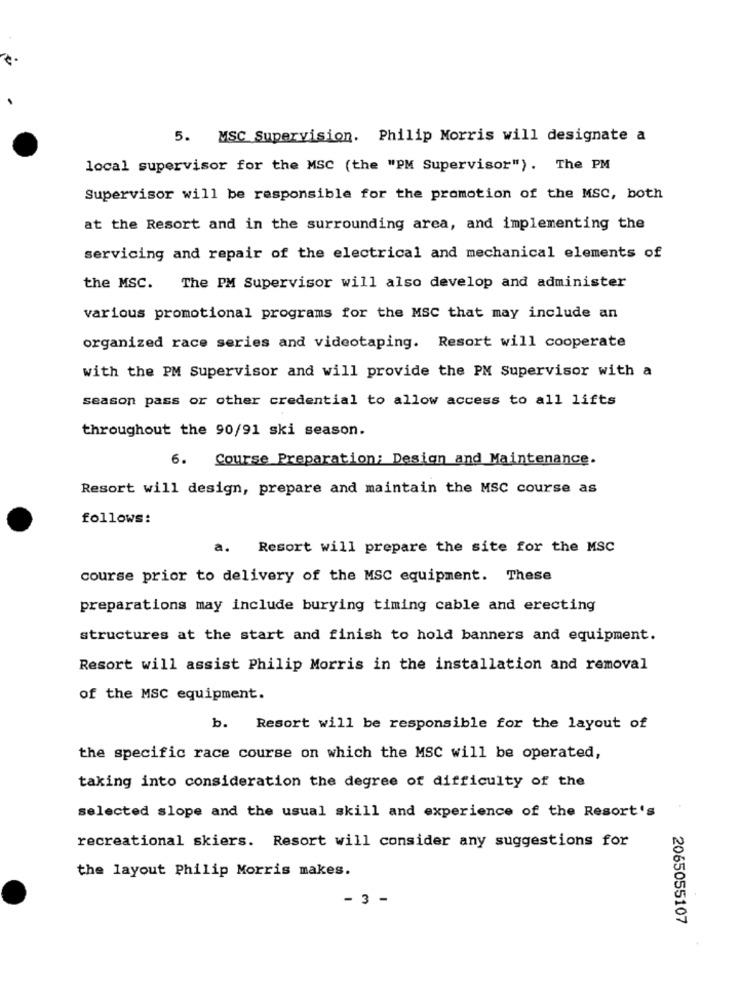
5. MSC Supervision. Philip Morris will designate a
local supervisor for the MSC (the "PM Supervisor"). The PM
Supervisor will be responsible for the promotion of the MSC, both
at the Resort and in the surrounding area, and implementing the
servicing and repair of the electrical and mechanical elements of
the MSC.
The PM Supervisor will also develop and administer
various promotional programs for the MSC that may include an
organized race series and videotaping. Resort will cooperate
with the PM Supervisor and will provide the PM Supervisor with a
season pass or other credential to allow access to all lifts
throughout the 90/91 ski season.
6. Course Preparation; Design and Maintenance.
Resort will design, prepare and maintain the MSC course as
follows:
a.
Resort will prepare the site for the MSC
course prior to delivery of the MSC equipment. These
preparations may include burying timing cable and erecting
structures at the start and finish to hold banners and equipment.
Resort will assist Philip Morris in the installation and removal
of the MSC equipment.
b. Resort will be responsible for the layout of
the specific race course on which the MSC will be operated,
taking into consideration the degree of difficulty of the
selected slope and the usual skill and experience of the Resort's
recreational skiers. Resort will consider any suggestions for
the layout Philip Morris makes.
- 3 -
2065055107